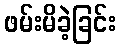
ဖမ်းမိခဲ့ခြင်း